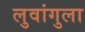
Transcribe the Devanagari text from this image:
लुवांगुला